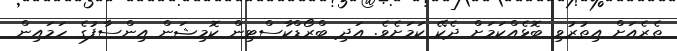
ތެރެއަށް އިތުރުވި ބޮޅެއްކަމަށް ދެކޭ ކަމަށެވެ. އަދި ބްރޯޑްކާސްޓިން ކޮމިޝަން އިންސާފުގެ ހަމައިން